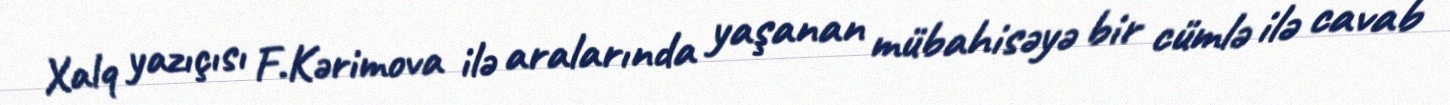
Xalq yazıçısı F.Kərimova ilə aralarında yaşanan mübahisəyə bir cümlə ilə cavab